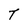
Character: T